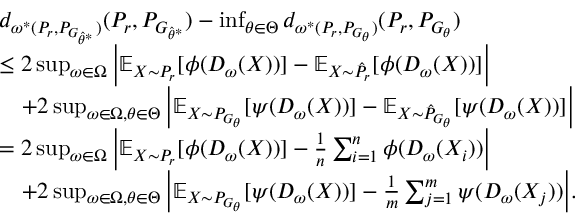
\begin{array} { r l } & { d _ { \omega ^ { * } ( P _ { r } , P _ { G _ { \hat { \theta } ^ { * } } } ) } ( P _ { r } , { P } _ { G _ { \hat { \theta } ^ { * } } } ) - \operatorname* { i n f } _ { \theta \in \Theta } d _ { \omega ^ { * } ( P _ { r } , P _ { G _ { \theta } } ) } ( P _ { r } , P _ { G _ { \theta } } ) } \\ & { \le 2 \operatorname* { s u p } _ { \omega \in \Omega } \Big | \mathbb { E } _ { X \sim P _ { r } } [ \phi ( D _ { \omega } ( X ) ) ] - \mathbb { E } _ { X \sim \hat { P } _ { r } } [ \phi ( D _ { \omega } ( X ) ) ] \Big | } \\ & { \quad + 2 \operatorname* { s u p } _ { \omega \in \Omega , \theta \in \Theta } \Big | \mathbb { E } _ { X \sim P _ { G _ { { \theta } } } } [ \psi ( D _ { \omega } ( X ) ) ] - \mathbb { E } _ { X \sim \hat { P } _ { G _ { { \theta } } } } [ \psi ( D _ { \omega } ( X ) ) ] \Big | } \\ & { = 2 \operatorname* { s u p } _ { \omega \in \Omega } \Big | \mathbb { E } _ { X \sim P _ { r } } [ \phi ( D _ { \omega } ( X ) ) ] - \frac { 1 } { n } \sum _ { i = 1 } ^ { n } \phi ( D _ { \omega } ( X _ { i } ) ) \Big | } \\ & { \quad + 2 \operatorname* { s u p } _ { \omega \in \Omega , \theta \in \Theta } \Big | \mathbb { E } _ { X \sim P _ { G _ { { \theta } } } } [ \psi ( D _ { \omega } ( X ) ) ] - \frac { 1 } { m } \sum _ { j = 1 } ^ { m } \psi ( D _ { \omega } ( X _ { j } ) ) \Big | . } \end{array}